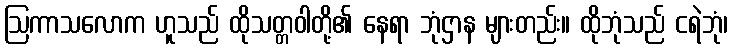
ဩကာသလောက ဟူသည် ထိုသတ္တဝါတို့၏ နေရာ ဘုံဌာန များတည်း။ ထိုဘုံသည် ငရဲဘုံ၊